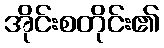
အိုင်းစတိုင်း၏